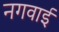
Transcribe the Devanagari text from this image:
नगवाई